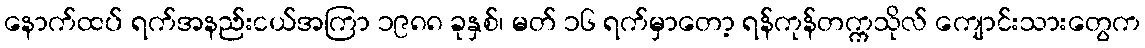
နောက်ထပ် ရက်အနည်းငယ်အကြာ ၁၉၈၈ ခုနှစ်၊ မတ် ၁၆ ရက်မှာတော့ ရန်ကုန်တက္ကသိုလ် ကျောင်းသားတွေက